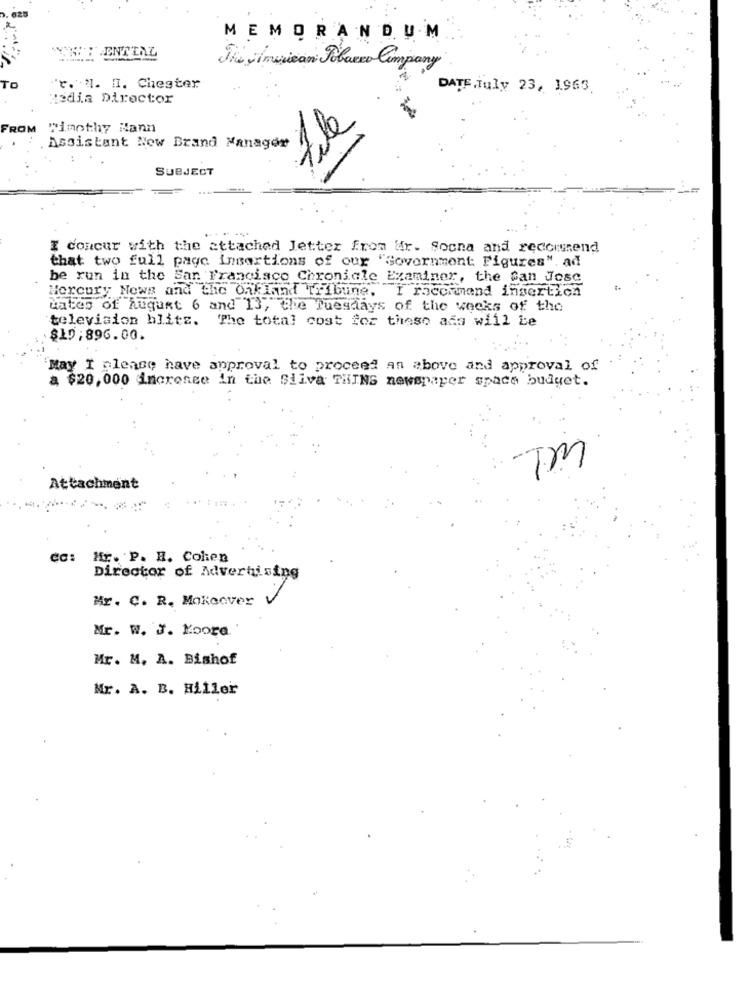
MEMORANDUM
WHY ENTIAL
The American Tobacco Company
TO
'r. N. I. Chester
DATE July 23, 1963
Media Director
File
FROM
Timothy Kann
Assistant Now Brand Manager
SUBJECT
I concur with the attached Jetter from dr. Socna and recommend
that two full page insertions of our "Government Figures". ad
be run in the San Francisco Chronicle Examiner, the San Jose
Mercury News and the Oakland Tribune. I recommend insertion
dates of August 6 and 13, the Tuesdays of the weeks of the
television blits. The total cost for these ada will be
$10: 896.00.
May I please have approval to proceed an above and approval of
a $20,000 increase in the Siiva THING newspaper space budget.
TM
Attachment
cc: Hfr. P. E. Colien
Director of Advertising
Mr. C. R. Makeover
Mr. W. J. Koord
Mr. M. A. Bishof
Mr. A. B. Hiller